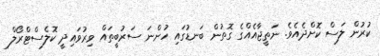
ކުރުން ލަސް ކޮށްދެއެވެ. ނަތީޖާއެއްގެ ގޮތުން ބަނޑުގައި ހުންނަ ސަރުބީތައް ވިރުވައިދީ ކޮލެސްޓްރޯލް